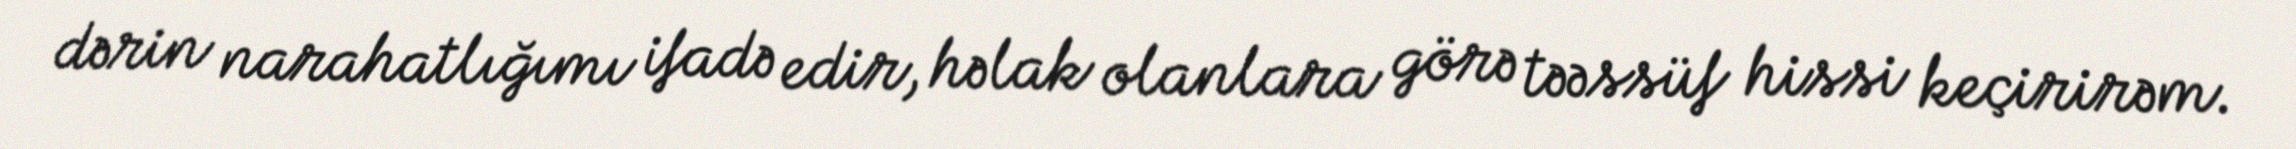
dərin narahatlığımı ifadə edir, həlak olanlara görə təəssüf hissi keçirirəm.